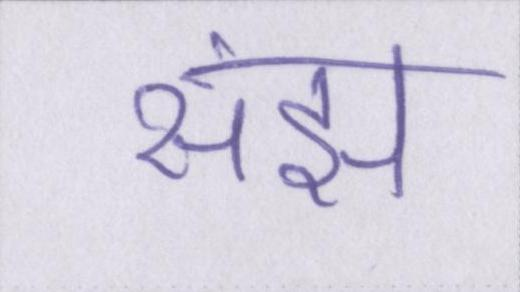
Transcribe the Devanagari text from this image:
संझ